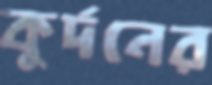
কুর্দনের